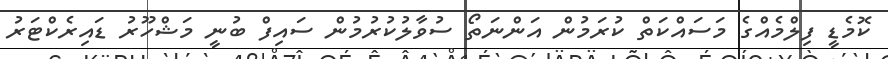
ކޮމެޑީ ފިލްމެއްގެ މަސައްކަތް ކުރަމުން އަންނަތޯ ސުވާލުކުރުމުން ސައިފް ބުނީ މަޝްހޫރު ޑައިރެކްޓަރު